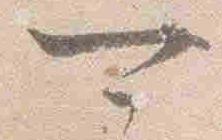
可